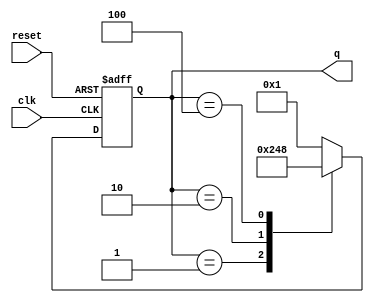
module ring_counter (
    input wire clk,        // Clock signal
    input wire reset,      // Reset signal
    output reg [3:0] q     // 4-bit output representing the current state
);

// State encoding
localparam S0 = 4'b0001; // State 0
localparam S1 = 4'b0010; // State 1
localparam S2 = 4'b0100; // State 2
localparam S3 = 4'b1000; // State 3

// State transition on the rising edge of the clock
always @(posedge clk or posedge reset) begin
    if (reset) begin
        // On reset, initialize to State 0
        q <= S0;
    end else begin
        // State transition logic
        case (q)
            S0: q <= S1; // From State 0 to State 1
            S1: q <= S2; // From State 1 to State 2
            S2: q <= S3; // From State 2 to State 3
            S3: q <= S0; // From State 3 back to State 0
            default: q <= S0; // Default to State 0 (safety)
        endcase
    end
end

endmodule